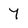
Character: 7